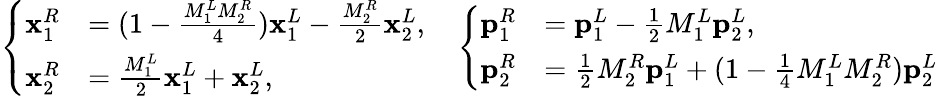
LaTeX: \left\{ \begin{array}{ll}{\mathbf{x}_{1}^{R}}&{=(1-\frac{M_{1}^{L}M_{2}^{R}}{4})\mathbf{x}_{1}^{L}-\frac{M_{2}^{R}}{2}\mathbf{x}_{2}^{L},}\\ {\mathbf{x}_{2}^{R}}&{=\frac{M_{1}^{L}}{2}\mathbf{x}_{1}^{L}+\mathbf{x}_{2}^{L},}\end{array}\right.\quad\left\{ \begin{array}{ll}{\mathbf{p}_{1}^{R}}&{=\mathbf{p}_{1}^{L}-\frac 12M_{1}^{L}\mathbf{p}_{2}^{L},}\\ {\mathbf{p}_{2}^{R}}&{=\frac 12M_{2}^{R}\mathbf{p}_{1}^{L}+(1-\frac{1}{4}M_{1}^{L}M_{2}^{R})\mathbf{p}_{2}^{L}}\end{array}\right.